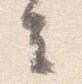
去